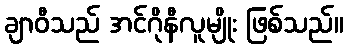
ချာဝီသည် အင်ဂိုနီလူမျိုး ဖြစ်သည်။